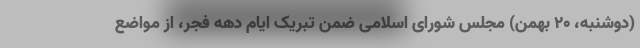
(دوشنبه، ۲۰ بهمن) مجلس شورای اسلامی ضمن تبریک ایام دهه فجر، از مواضع